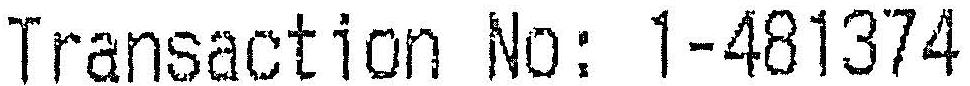
TRANSACTION NO: 1-481374